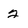
Character: 2